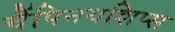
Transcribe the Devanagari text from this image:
चैंपिनयशिप्स